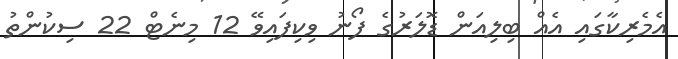
އެމެރިކާގައި އެއް ބިލިއަން ޑޮލަރުގެ ފޯނު ވިކިފައިވޭ 12 މިނެޓް 22 ސިކުންތު